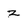
Character: z